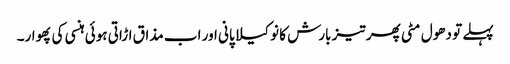
پہلے تو دھول مٹی پھر تیز بارش کا نوکیلا پانی اور اب مذاق اڑاتی ہوئی ہنسی کی پھوار۔